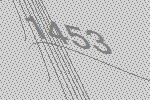
1453